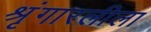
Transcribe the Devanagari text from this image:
श्रृंगारलीला